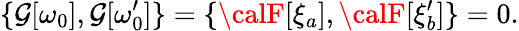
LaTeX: \{ \mathcal{G}[\omega_{0}],\mathcal{G}[\omega_{0}^{\prime}]\} =\{ {\calF}[\xi_{a}],{\calF}[\xi_{b}^{\prime}]\} =0.